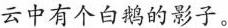
云中有个白鹅的影子。